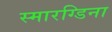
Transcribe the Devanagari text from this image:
स्मारग्डिना